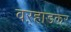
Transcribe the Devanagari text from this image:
वऱ्हाडकर